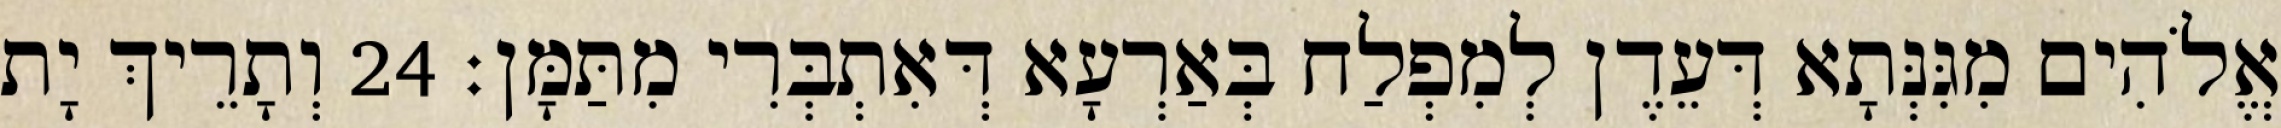
אֱלֹהִים מִגִּנְּתָא דְּעֵדֶן לְמִפְלַח בְּאַרְעָא דְּאִתְבְּרִי מִתַּמָּן׃ 24 וְתָרֵיךְ יָת